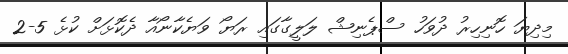
މިދިޔަ ހޮނިހިރު ދުވަހު ސްޕެނިޝް ލަލީގާގައި ރަޔޯ ވަޔެކާނޯއާ ދެކޮޅަށް ކުޅެ 5-2